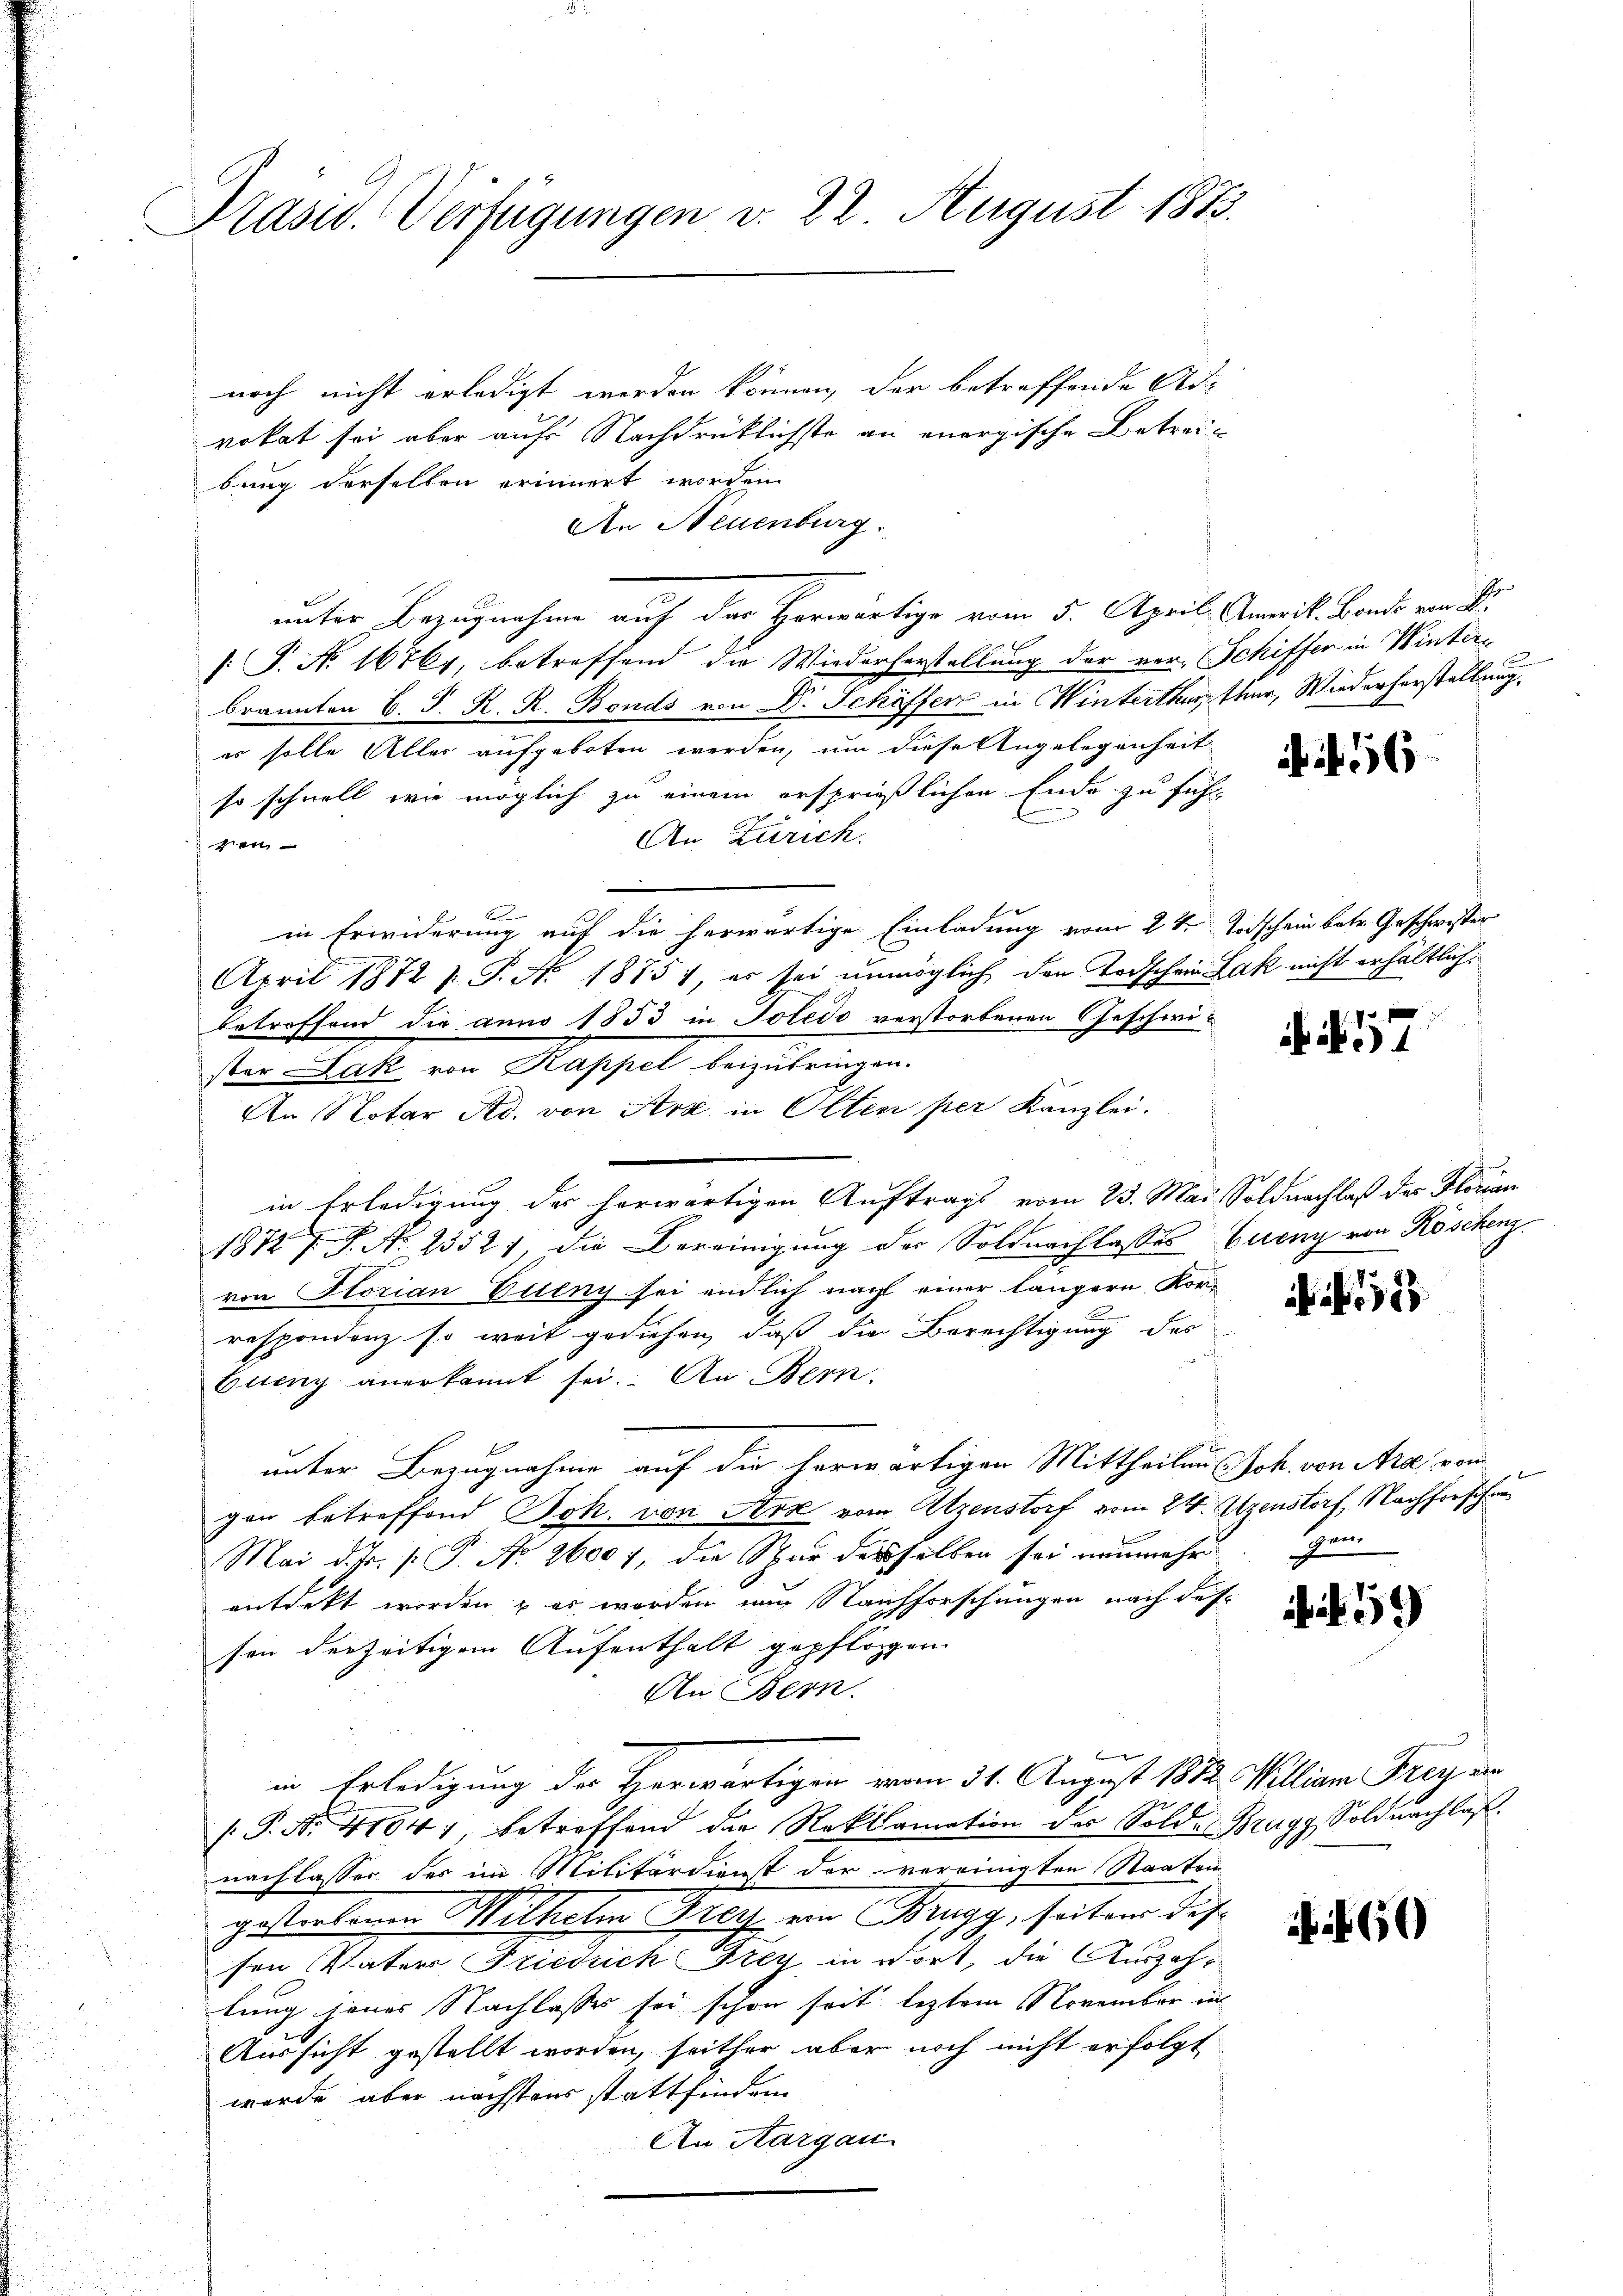
Präsid. Verfügungen v. 22. August 1873.

noch nicht erledigt werden können, der betreffende Adrokat sei aber aufs Nachdrücklichste an energische Betreibung derselben erinnert worden.
An Neuenburg.
unter Bezugnahme auf der Herwärtige vom 5. April. Amerik. Bondo von Sr.
[: P. No 16761, betreffend die Wiederforstellung der ver-Schiffer in Winterbrannten C. J. K. R. Bonds von Dr. Schöffen in Winterthutter, Wiederherstellung
er solle Aller aufgeboten werden, um diese Angelegenheit
so schnell wie möglich zu einem ersprießlichen Ende zu führ-
An Zürich.
gen
6
in Erwiderung auf die herwärtige Einladung vom 24. Todschein betr. Geschwister
April 1872 s. T. No 1875), es sei unmöglich den Todschein Lak nicht erhältlichbetroffend die anno 1853 in Totedo verstorbenen Geschwister Jak von Kappel beizubringen.
An Notar Ad. von Arz in Olten per Kanzlei.
in Erledigung des herwärtigen Auftrags vom 23. Mai, Soldnachlaß der Florian
1872 7 P. N. 2352, die Bereinigung der Soldnachlasses Eueny von Röschenz.
von Storian Eueny sei endlich nach einer längern Kor-
respondenz so weit gediehen, daß die Berechtigung des
Queny anerkannt sei. An Bern,
unter Bezugnahme auf die herwärtigen Mittheilen Joh. von Arse vom
gen betreffend Joh. von Art vom Atzenstorf vom 24. Atzenstorf, Nachforschau
Mai d. Js. [: P. Nr. 26007, die Spur desselben sei nunmehr
entdekt worden & es worden nur Nachforschungen nach des
son derzeitigem Aufenthalt gepflogen.
An Bern.
l
in Erledigung der Herwärtigen vom 31. August 1882. Willian Frey der
(P. Nr. 41041 betreffend die Reklamation des Solde Brugg, Soldnachlaß
nachlasser des im Militärdient der vereinigten Staaten
gestorbenen Mittela Prech von Brugg, seitem dis-
sen Vater Friedrich Frey, in dort, die Auszahl
lung jenes Nachlasses sei schon seit leztem November in
Aussicht gestellt worden, seither aber noch nicht erfolgt
wurde, aber nächstens stattfinden
An Aargau

f 56

57

525

Herr

59

60